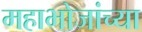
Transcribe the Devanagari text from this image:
महाभोजांच्या